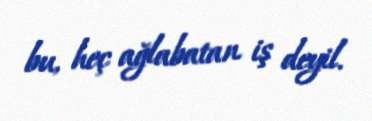
bu, heç ağlabatan iş deyil.